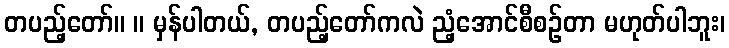
တပည့်တော်။ ။ မှန်ပါတယ်, တပည့်တော်ကလဲ ညံ့အောင်စီစဉ်တာ မဟုတ်ပါဘူး၊